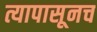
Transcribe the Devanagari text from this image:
त्यापासूनच